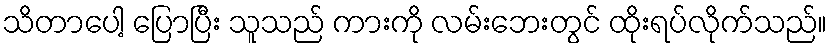
သိတာပေါ့ ပြောပြီး သူသည် ကားကို လမ်းဘေးတွင် ထိုးရပ်လိုက်သည်။